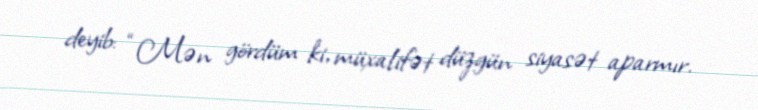
deyib: “Mən gördüm ki, müxalifət düzgün siyasət aparmır.